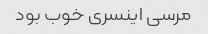
مرسی اینسری خوب بود